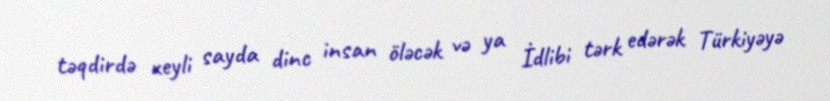
təqdirdə xeyli sayda dinc insan öləcək və ya İdlibi tərk edərək Türkiyəyə